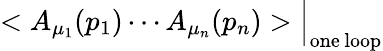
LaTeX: <A_{\mu_{1}}(p_{1})\cdots A_{\mu_{n}}(p_{n})>\Big|_{\mathrm{one\, loop}}